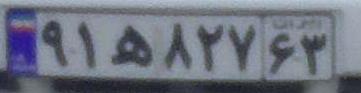
۹۱ه۸۲۷۶۳